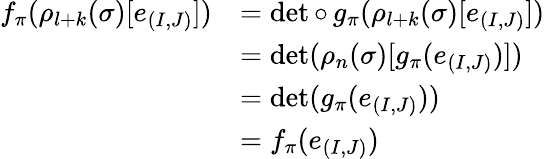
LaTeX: \begin{array}{rl}{f_{\pi}(\rho_{l+k}(\sigma)[e_{(I,J)}])}&{=\operatorname*{det}\circ\, g_{\pi}(\rho_{l+k}(\sigma)[e_{(I,J)}])}\\ &{=\operatorname*{det}(\rho_{n}(\sigma)[g_{\pi}(e_{(I,J)})])}\\ &{=\operatorname*{det}(g_{\pi}(e_{(I,J)}))}\\ &{=f_{\pi}(e_{(I,J)})}\end{array}